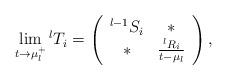
LaTeX: \begin{align*}\lim_{t\rightarrow \mu_l^+}{}^{l}T_i=\left(\begin{array}{cccc}{}^{l-1}S_i & \ast \\\ast & \frac{{}^{l}R_i}{t-\mu_l}\end{array}\right),\end{align*}